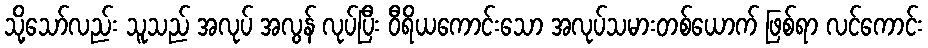
သို့သော်လည်း သူသည် အလုပ် အလွန် လုပ်ပြီး ဝီရိယကောင်းသော အလုပ်သမားတစ်ယောက် ဖြစ်ရာ လင်ကောင်း